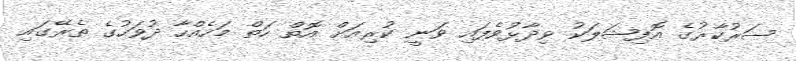
ސަރުކާރުގެ އޮފިޝަލަކު ވިދާޅުވެފައި ވަނީ ކުރިއަށް އޮތް ހަތް މަހެއްހާ ދުވަހުގެ ތެރޭގައި